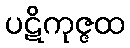
ပဋိကုဇ္ဇထ